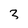
Character: 3